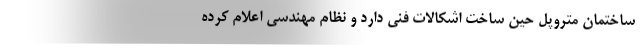
ساختمان متروپل حین ساخت اشکالات فنی دارد و نظام مهندسی اعلام کرده